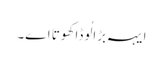
ایہہ بڑا لُوڈا کھوتا اے۔